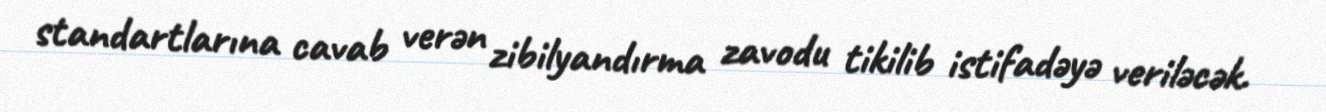
standartlarına cavab verən zibilyandırma zavodu tikilib istifadəyə veriləcək.